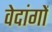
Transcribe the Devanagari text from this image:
वेदांगाें